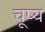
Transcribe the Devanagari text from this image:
चूष्य